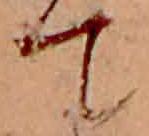
て